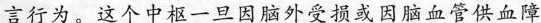
言行为，这个中枢一旦因脑外受损或因脑血管供血障